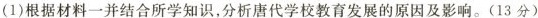
(1)根据材料一并结合所学知识，分析唐代学校教育发展的原因及影响。(13分)